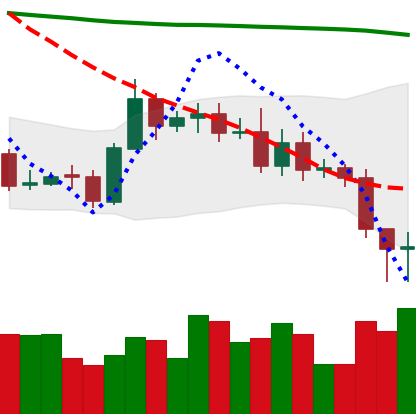
Ticker: ETC-USD
Chart end date: 2020-11-04
Forward return: 3.468%
Label: up_3_5